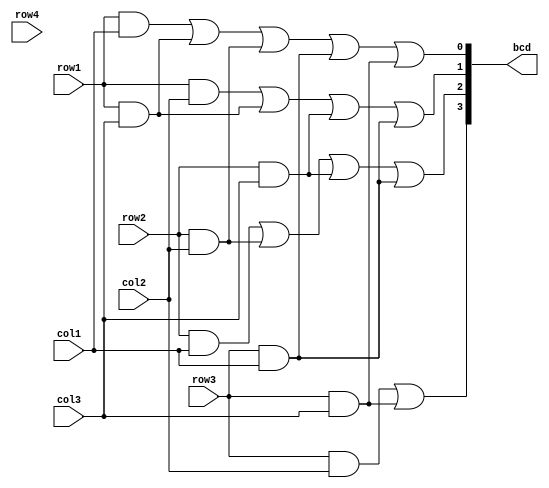
/* CSED273 Final project */

`timescale 1ns / 1ps

module KeypadToBcdEncoder(
    input row1, input row2, input row3, input row4, 
    input col1, input col2, input col3, 
    output [3:0] bcd
    );
    /*

    The encoder that converts keypad input to 8421 BCD code

    :input row1: 1 when 1st row of keypad is pressed, 0 when not
    :input row2: 1 when 2nd row of keypad is pressed, 0 when not
    :input row3: 1 when 3rd row of keypad is pressed, 0 when not
    :input row4: 1 when 4th row of keypad is pressed, 0 when not
    :input col1: 1 when 1st column of keypad is pressed, 0 when not
    :input col2: 1 when 2nd column of keypad is pressed, 0 when not
    :input col3: 1 when 3rd column of keypad is pressed, 0 when not
    :output [3:0] bcd: 8421 BCD code

    No initialization needed
    Synchronous module
    */
    
    assign bcd[3] = row3 & col2 | row3 & col3;
    assign bcd[2] = row2 & col1 | row2 & col2 | row2 & col3 | row3 & col1;
    assign bcd[1] = row1 & col2 | row1 & col3 | row2 & col3 | row3 & col1;
    assign bcd[0] = row1 & col1 | row1 & col3 | row2 & col2 | row3 & col1 | row3 & col3;

endmodule